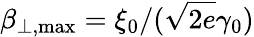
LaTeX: \beta_{\perp,\operatorname*{max}}=\xi_{0}/(\sqrt{2e}\gamma_{0})